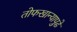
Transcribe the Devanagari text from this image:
तोफखान्यापुढे